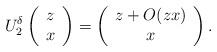
LaTeX: \begin{align*}U_2^\delta \left( \begin{array}{c} z \\ x \end{array}\right) = \left( \begin{array}{c}z + O(zx) \\ x \end{array}\right).\end{align*}